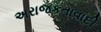
અરાજકતાવાદી